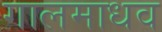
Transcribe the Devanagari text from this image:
गालमाधव